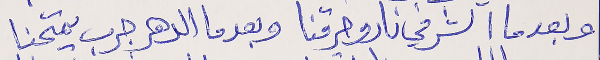
وبعدما الشر في نارو حرقنا      وبعدما الدهر جرب يمتحنا